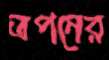
তপনের